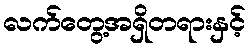
လက်တွေ့အရှိတရားနှင့်